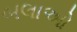
બલાઓ